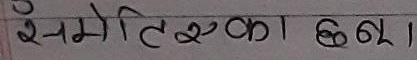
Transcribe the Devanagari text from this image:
इनमे तिएका छ।